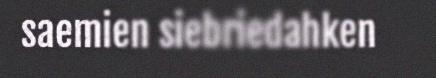
saemien siebriedahken